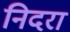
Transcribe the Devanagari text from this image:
निदरा